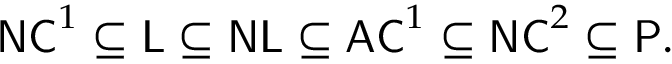
{ \mathsf { N C } } ^ { 1 } \subseteq { \mathsf { L } } \subseteq { \mathsf { N L } } \subseteq { \mathsf { A C } } ^ { 1 } \subseteq { \mathsf { N C } } ^ { 2 } \subseteq { \mathsf { P } } .